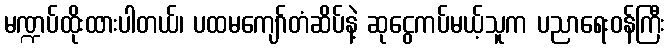
မဏ္ဍပ်ထိုးထားပါတယ်၊ ပထမကျော်တံဆိပ်နဲ့ ဆုငွေကပ်မယ့်သူက ပညာရေးဝန်ကြီး